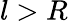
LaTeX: l>R